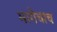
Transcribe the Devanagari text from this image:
मागेचाच